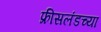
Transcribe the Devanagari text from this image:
फ्रीसलंडच्या